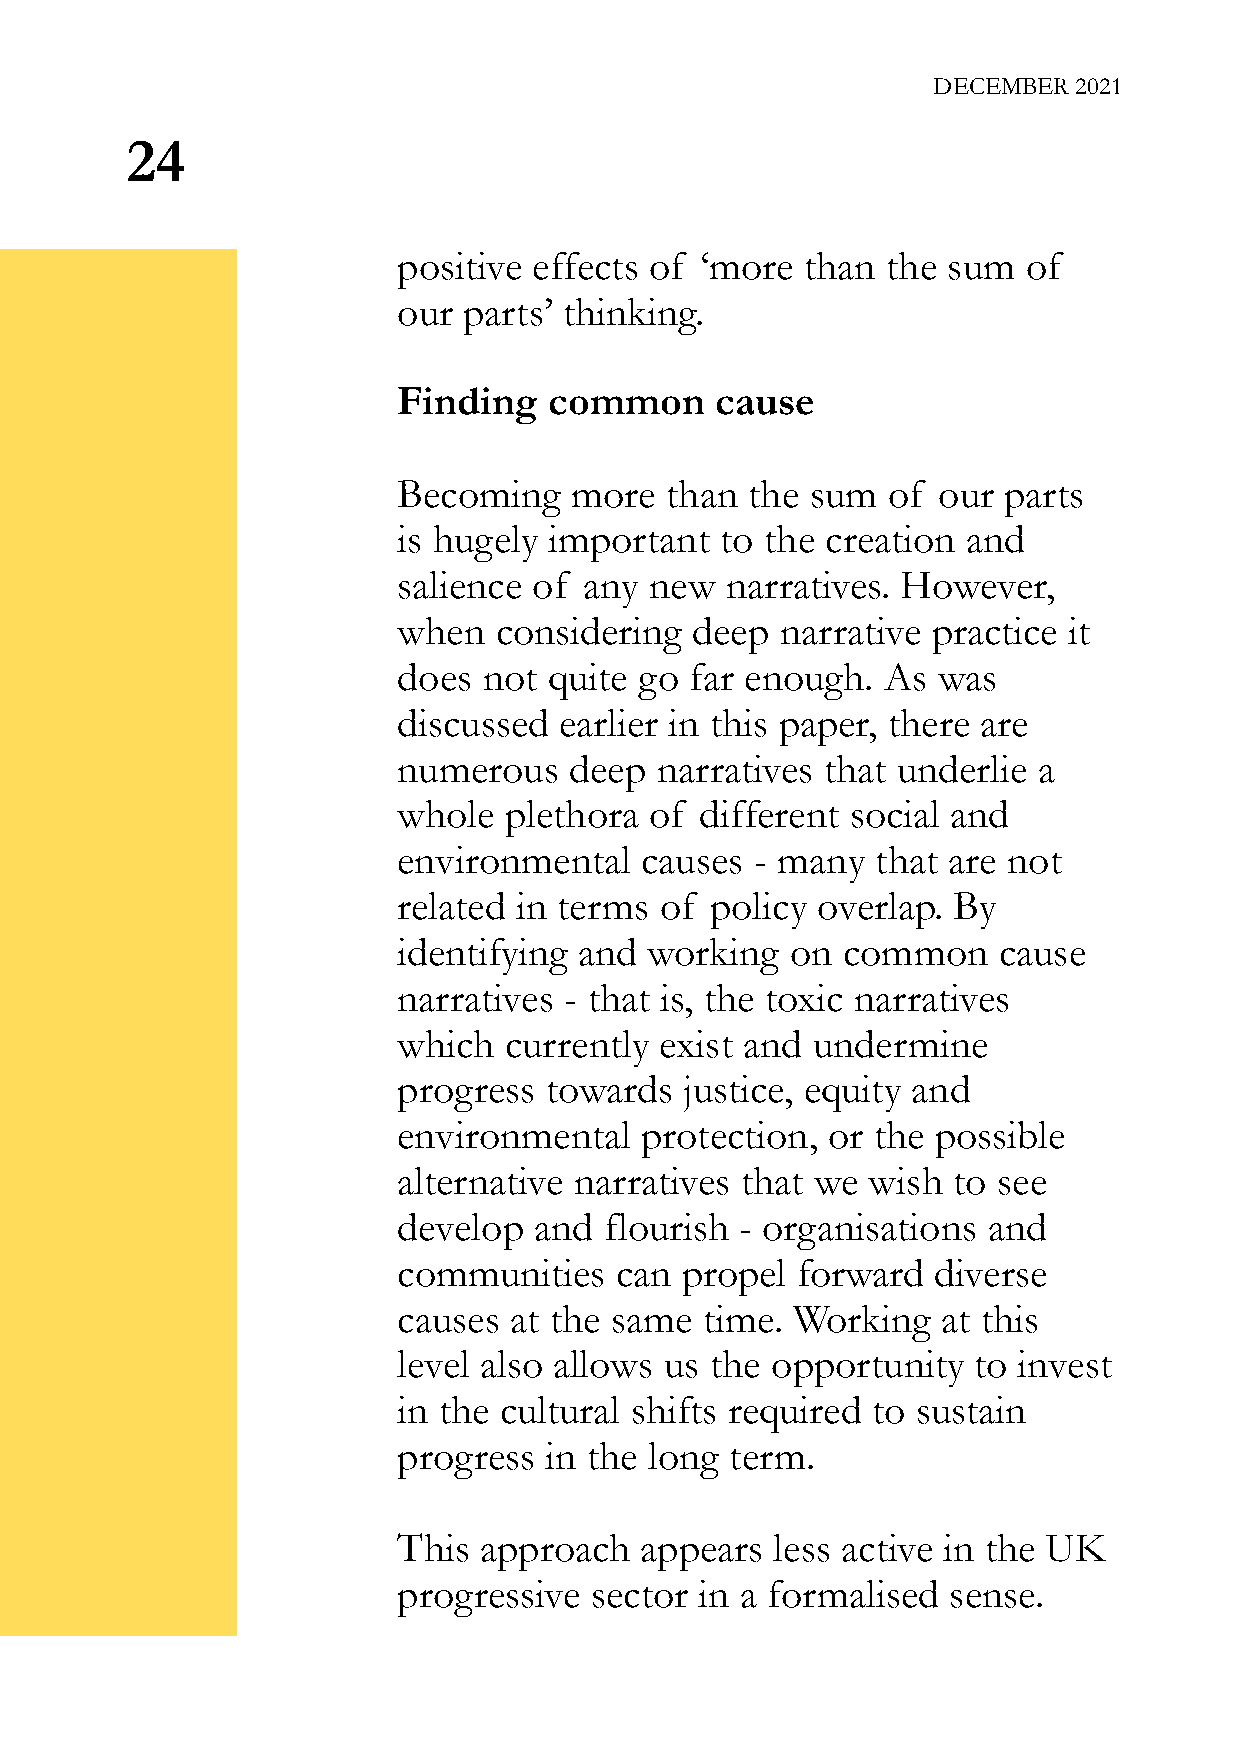
DECEMBER 2021
 24
 positive effects of ‘more  than  the sum  of
 our  parts’ thinking.
 Finding   common     cause
 Becoming    more  than  the sum  of our parts
 is hugely important   to the creation and
 salience of  any new  narratives. However,
 when   considering  deep  narrative practice it
 does  not quite go  far enough. As  was
 discussed  earlier in this paper, there are
 numerous    deep narratives  that underlie a
 whole  plethora  of different social and
 environmental   causes  - many  that are not
 related in terms  of policy overlap. By
 identifying and  working  on  common    cause
 narratives - that is, the toxic narratives
 which  currently  exist and undermine
 progress  towards  justice, equity and
 environmental   protection,  or the possible
 alternative narratives that we wish  to see
 develop  and  flourish - organisations and
 communities    can propel  forward  diverse
 causes  at the same  time. Working  at this
 level also allows us the opportunity  to invest
 in the cultural shifts required to sustain
 progress  in the long term.
 This  approach  appears  less active in the UK
 progressive  sector in a formalised  sense.